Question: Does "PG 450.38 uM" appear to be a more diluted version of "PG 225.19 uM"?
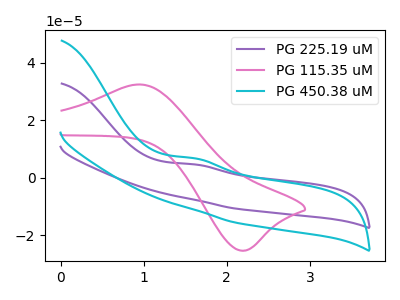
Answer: <think>The purple curve "PG 225.19 uM" has an anodic peak at: (1.60V, 4.65uA). The pink curve "PG 115.35 uM" has an anodic peak at (0.95V, 32.50uA) and a cathodic peak at (2.15V, -25.35uA). The cyan curve "PG 450.38 uM" has an anodic peak at: (1.60V, 6.80uA).
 All the peaks in "PG 450.38 uM" have a peak in "PG 225.19 uM" at the same potential. Every peak in "PG 450.38 uM" is higher than every peak in "PG 225.19 uM".</think>
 <answer>"PG 450.38 uM" has more signal than "PG 225.19 uM" and so likely has a higher concentration.</answer>
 <eval>more_concentration</eval>